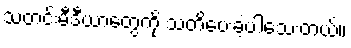
သတင်းမီဒီယာတွေကို သတိပေးခဲ့ပါသေးတယ်။